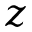
z